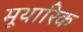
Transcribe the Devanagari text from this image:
मूथारिक